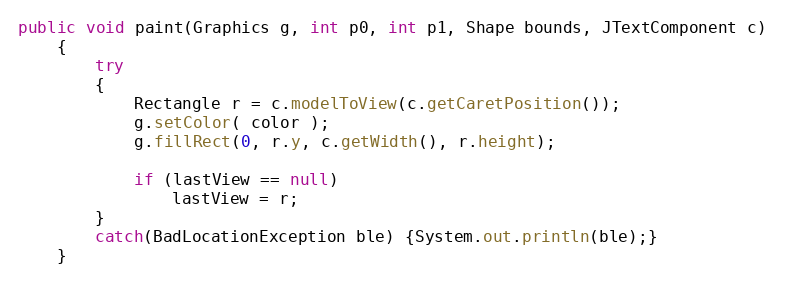
Language: Java
public void paint(Graphics g, int p0, int p1, Shape bounds, JTextComponent c)
	{
		try
		{
			Rectangle r = c.modelToView(c.getCaretPosition());
			g.setColor( color );
			g.fillRect(0, r.y, c.getWidth(), r.height);

			if (lastView == null)
				lastView = r;
		}
		catch(BadLocationException ble) {System.out.println(ble);}
	}